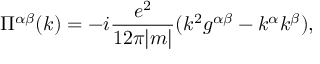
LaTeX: \Pi ^ { \alpha \beta } ( k ) = - i \frac { e ^ { 2 } } { 1 2 \pi | m | } ( k ^ { 2 } g ^ { \alpha \beta } - k ^ { \alpha } k ^ { \beta } ) ,